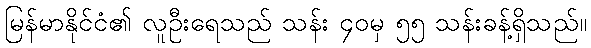
မြန်မာနိုင်ငံ၏ လူဦးရေသည် သန်း ၄၀မှ ၅၅ သန်းခန့်ရှိသည်။